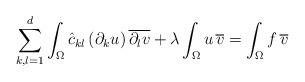
LaTeX: \begin{align*}\sum_{k,l=1}^d \int_\Omega \hat c_{kl} \, (\partial_k u) \, \overline{\partial_l v} + \lambda \int_\Omega u \, \overline v= \int_\Omega f \, \overline v\end{align*}